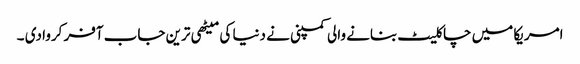
امریکا میں چاکلیٹ بنانے والی کمپنی نے دنیا کی میٹھی ترین جاب آفر کروا دی ۔